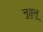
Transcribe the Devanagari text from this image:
नुव्वुलू